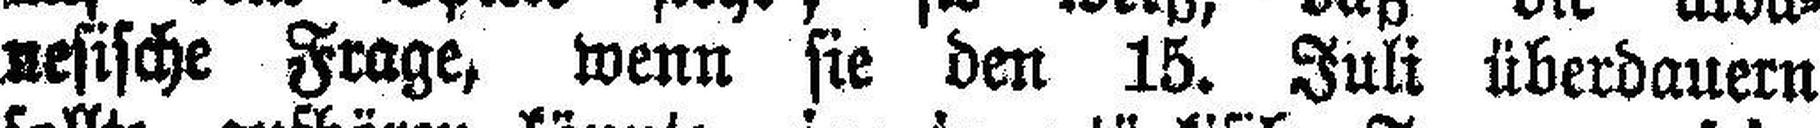
nesische Frage, wenn sie den 15. Juli überdauern